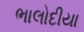
ભાલોદીયા